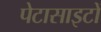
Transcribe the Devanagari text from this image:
पेटासाइटों